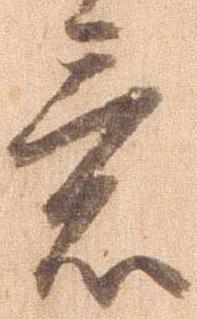
意